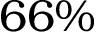
6 6 \%